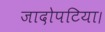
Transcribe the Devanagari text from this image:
जादोपटिया।